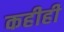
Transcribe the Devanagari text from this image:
कहीही